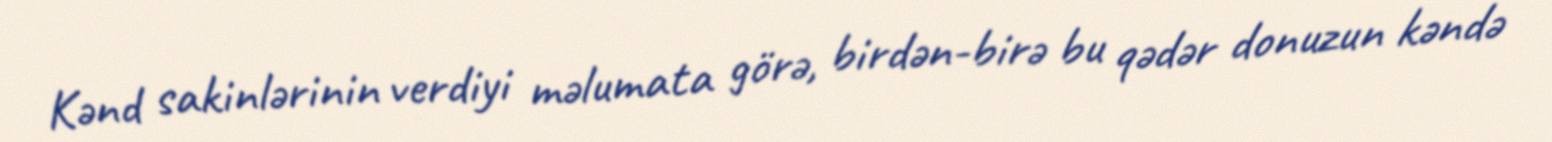
Kənd sakinlərinin verdiyi məlumata görə, birdən-birə bu qədər donuzun kəndə